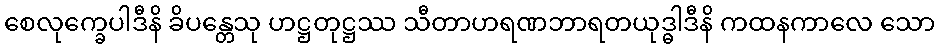
စေလုက္ခေပါဒီနိ ခိပန္တေသု ဟဋ္ဌတုဋ္ဌဿ သီတာဟရဏဘာရတယုဒ္ဓါဒီနိ ကထနကာလေ သော